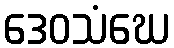
ဒေဝသံဃေ